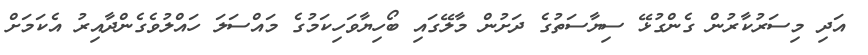
އަދި މިސަރުކާރުން ގެންގުޅޭ ސިޔާސަތުގެ ދަށުން މާލޭގައި ބޯހިޔާވަހިކަމުގެ މައްސަލަ ހައްލުވެގެންދާއިރު އެކަމަށް